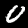
Label: 0